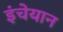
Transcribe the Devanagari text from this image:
इंचेयान